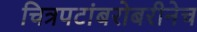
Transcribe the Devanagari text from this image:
चित्रपटांबरोबरीनेच